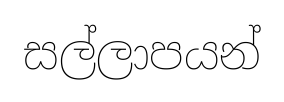
සල්ලාපයන්